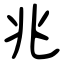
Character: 兆